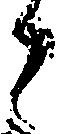
候